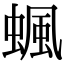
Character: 𧍯